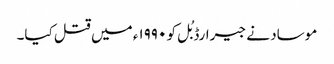
موساد نے جیرارڈ بُل کو ۱۹۹۰ء میں قتل کیا۔